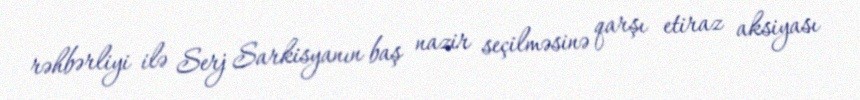
rəhbərliyi ilə Serj Sarkisyanın baş nazir seçilməsinə qarşı etiraz aksiyası